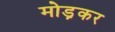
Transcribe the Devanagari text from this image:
मोड़़कर